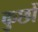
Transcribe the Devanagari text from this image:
कुछों